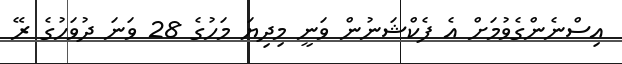
އިސްނެންގެވުމަށް އެ ފެކްޝަނުން ވަނީ މިދިޔަ މަހުގެ 28 ވަނަ ދުވަހުގެ ރޭ